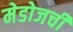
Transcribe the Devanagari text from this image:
मेडोजची